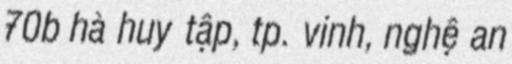
70b hà huy tập, tp. vinh, nghệ an